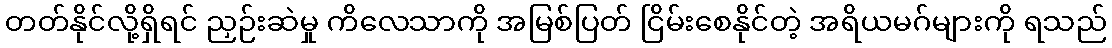
တတ်နိုင်လို့ရှိရင် ညှဉ်းဆဲမှု ကိလေသာကို အမြစ်ပြတ် ငြိမ်းစေနိုင်တဲ့ အရိယမဂ်များကို ရသည်